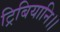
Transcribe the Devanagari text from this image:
ट्रिबियानि।।